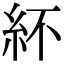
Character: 紑